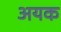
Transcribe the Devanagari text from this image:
अयक